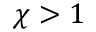
\chi > 1